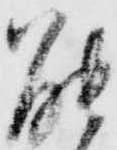
能